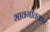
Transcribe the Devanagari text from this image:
भावगीतकार